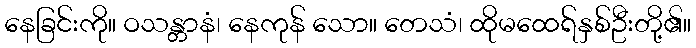
နေခြင်းကို။ ဝသန္တာနံ၊ နေကုန် သော။ တေသံ၊ ထိုမထေရ်နှစ်ဦးတို့၏။